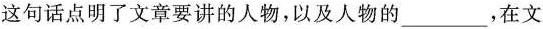
这句话点明了文章要讲的人物，以及人物的___，在文